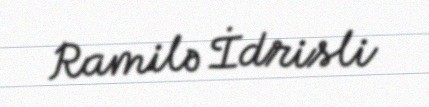
Ramilə İdrisli